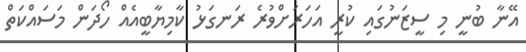
އޭނާ ބުނީ މި ސީޒަނުގައި ކުރީ އަހަރަށްވުރެ ރަނގަޅު ކާމިޔާބީއެއް ހޯދަން މަސައްކަތް